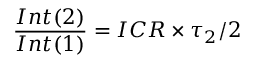
\frac { I n t ( 2 ) } { I n t ( 1 ) } = I C R \times \tau _ { 2 } / 2